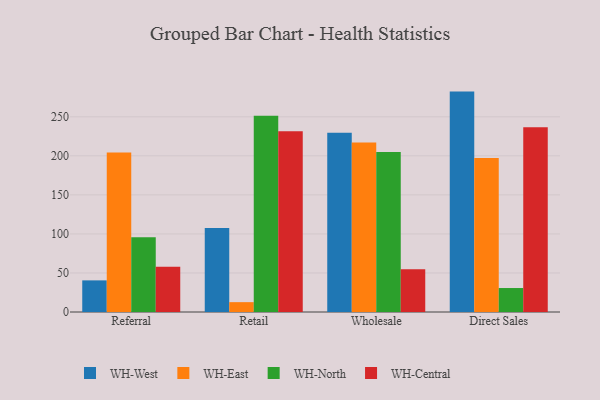
{"axis": {"x": "Channel", "y": "Net Income (USD K)"}, "legend": ["WH-Central", "WH-East", "WH-North", "WH-West"], "data": [{"x": "Referral", "y": 40.5, "type": "WH-West"}, {"x": "Referral", "y": 204.4, "type": "WH-East"}, {"x": "Referral", "y": 95.6, "type": "WH-North"}, {"x": "Referral", "y": 58.1, "type": "WH-Central"}, {"x": "Retail", "y": 107.5, "type": "WH-West"}, {"x": "Retail", "y": 12.6, "type": "WH-East"}, {"x": "Retail", "y": 251.4, "type": "WH-North"}, {"x": "Retail", "y": 231.6, "type": "WH-Central"}, {"x": "Wholesale", "y": 229.6, "type": "WH-West"}, {"x": "Wholesale", "y": 217.2, "type": "WH-East"}, {"x": "Wholesale", "y": 204.9, "type": "WH-North"}, {"x": "Wholesale", "y": 54.7, "type": "WH-Central"}, {"x": "Direct Sales", "y": 282.3, "type": "WH-West"}, {"x": "Direct Sales", "y": 197.4, "type": "WH-East"}, {"x": "Direct Sales", "y": 30.7, "type": "WH-North"}, {"x": "Direct Sales", "y": 236.5, "type": "WH-Central"}]}